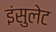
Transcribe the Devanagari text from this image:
इंसुलेट